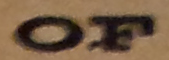
OF